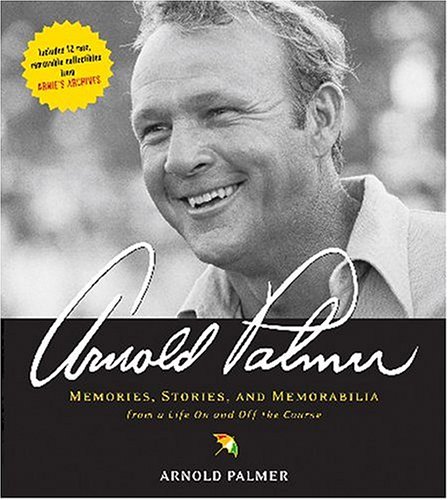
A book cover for Arnold Palmer: Memories, Stories, and Memorabilia from a Life on and Off the Course; Arnold Palmer; Biographies & Memoirs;